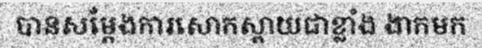
បានសម្តែងការសោកស្តាយជាខ្លាំង ងាកមក